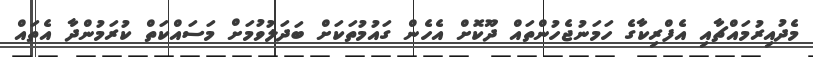
މެދުއިރުމައްޗާއި އެފްރިކާގެ ހަމަނުޖެހުންތައް ދޫކޮށް އެހެން ގައުމުތަކަށް ބަދަލުވުމަށް މަސައްކަތް ކުރަމުންދާ އެތައް